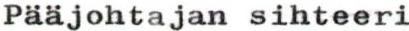
Pääjohtajan sihteeri